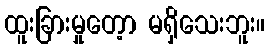
ထူးခြားမှုတေ့ာ မရှိသေးဘူး။